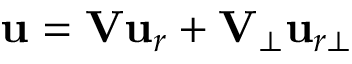
\ensuremath { \mathbf { u } } = \mathbf { V } \ensuremath { \mathbf { u } } _ { r } + \mathbf { V } _ { \bot } \ensuremath { \mathbf { u } } _ { r \bot }